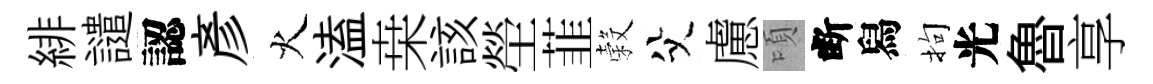
緋譴認彥火溘桒該塋韮穀父慮頃断舄拘光魯享